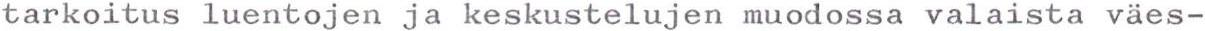
tarkoitus luentojen ja keskustelujen muodossa valaista väes-